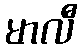
မာလီ